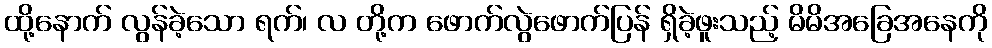
ထို့နောက် လွန်ခဲ့သော ရက်၊ လ တို့က ဖောက်လွဲဖောက်ပြန် ရှိခဲ့ဖူးသည့် မိမိအခြေအနေကို